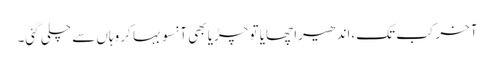
آخر کب تک،اندھیرا چھایا تو چڑیا بھی آنسو بہا کر وہاں سے چلی گئی۔